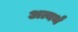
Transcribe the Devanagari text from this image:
अत्यर्थं